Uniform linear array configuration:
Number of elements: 12
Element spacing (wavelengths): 0.5
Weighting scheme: blackman
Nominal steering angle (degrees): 60
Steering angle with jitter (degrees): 58.282
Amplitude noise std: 0.05
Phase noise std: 0.05

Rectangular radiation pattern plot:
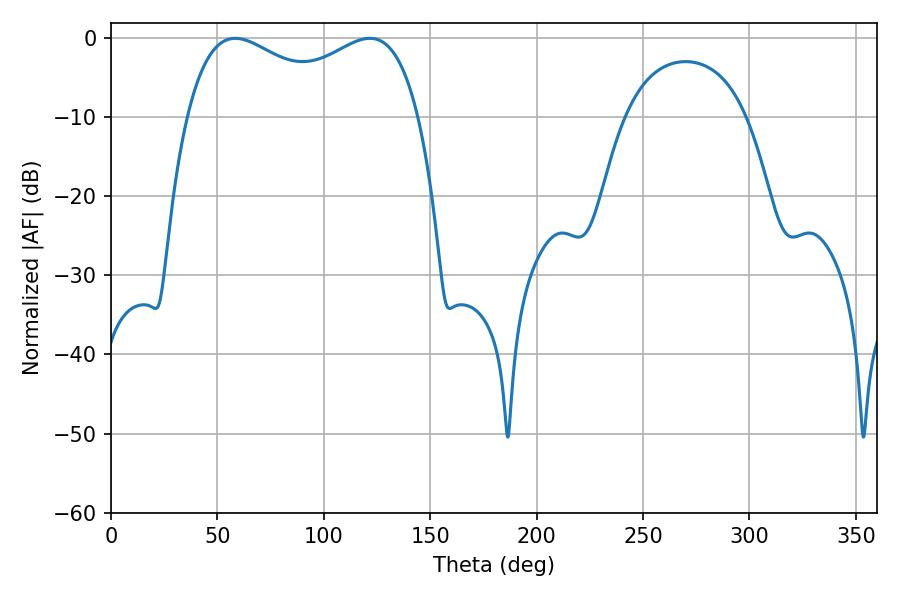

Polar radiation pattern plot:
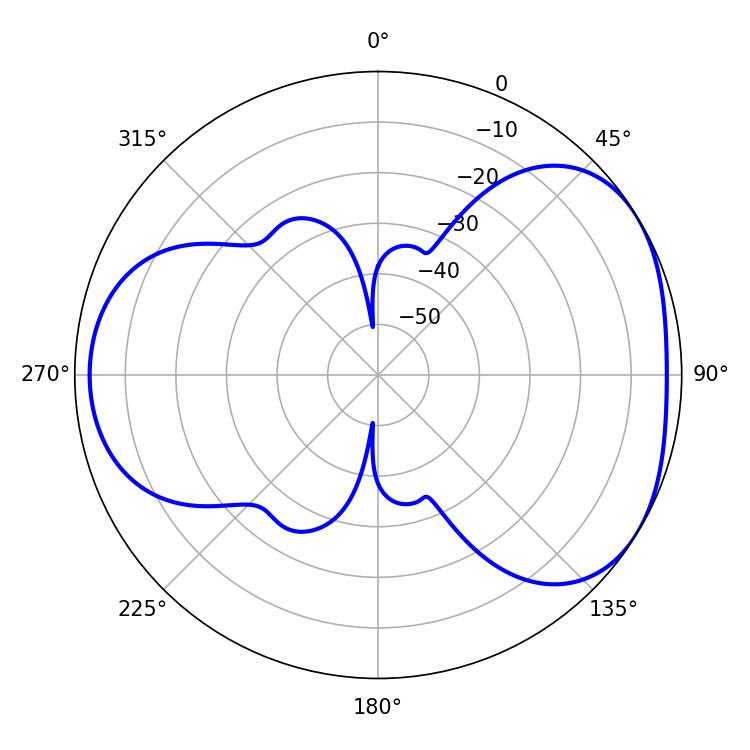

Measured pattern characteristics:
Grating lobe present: FALSE
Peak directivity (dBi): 4.151
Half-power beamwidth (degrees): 90.72
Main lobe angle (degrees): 58.32